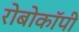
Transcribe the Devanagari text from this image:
रोबोकॉपी